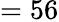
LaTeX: =56